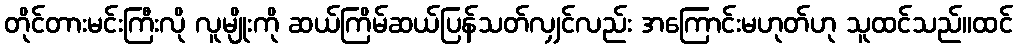
တိုင်တားမင်းကြီးလို လူမျိုးကို ဆယ်ကြိမ်ဆယ်ပြန်သတ်လျှင်လည်း အကြောင်းမဟုတ်ဟု သူထင်သည်။ထင်